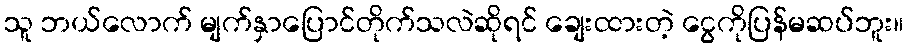
သူ ဘယ်လောက် မျက်နှာပြောင်တိုက်သလဲဆိုရင် ချေးထားတဲ့ ငွေကိုပြန်မဆပ်ဘူး။